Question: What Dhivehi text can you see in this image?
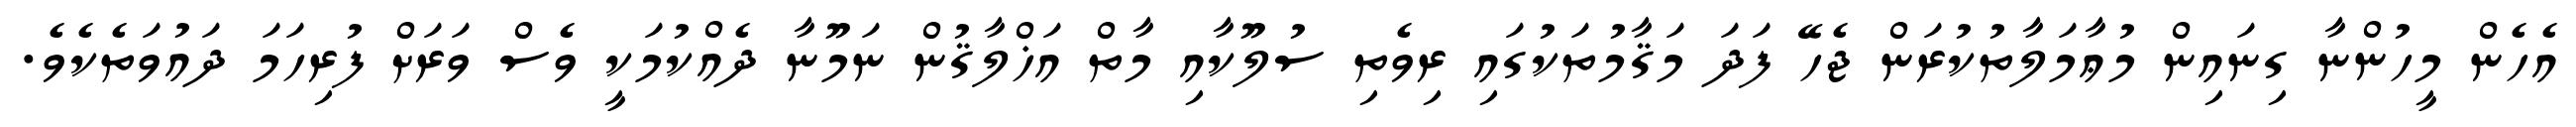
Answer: އެހެން މީހުންނާ ގިނައިން މުޢާމަލާތުކުރަން ޖެހޭ ފަދަ މަޤާމުތަކުގައި ރިވެތި ސުލޫކާއި މާތް އަޚްލާޤުން ނަމޫނާ ދެއްކުމަކީ ވެސް ވަރަށް ފުރިހަމަ ދައުވަތެކެވެ.